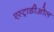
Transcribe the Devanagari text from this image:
एस्ट्राडीओल